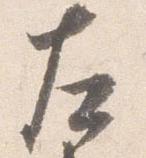
左